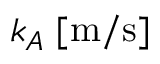
k _ { A } \; [ \mathrm { m } / \mathrm { s } ]